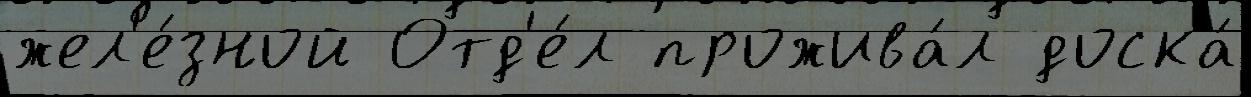
жел'е́зной Отд'е́л прожива́л доска́